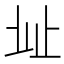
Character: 𣥠